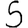
Digit: 5